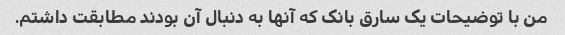
من با توضیحات یک سارق بانک که آنها به دنبال آن بودند مطابقت داشتم.